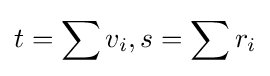
t=\sum v_{i},s=\sum r_{i}